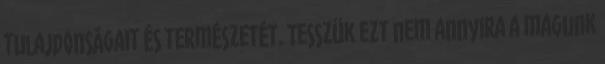
tulajdonságait és természetét. Tesszük ezt nem annyira a magunk